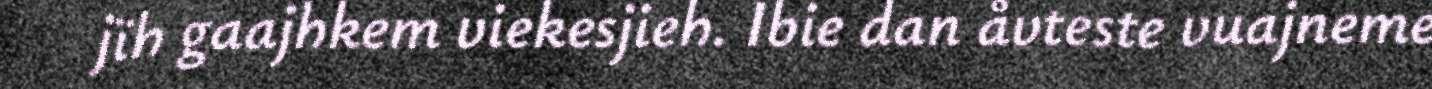
jïh gaajhkem viekesjieh. Ibie dan åvteste vuajneme